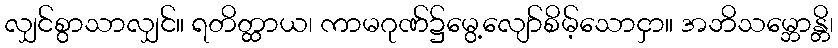
လျှင်စွာသာလျှင်။ ရတိတ္ထာယ၊ ကာမဂုဏ်၌မွေ့လျော်စိမ့်သောငှာ။ အဘိသမ္ဘောန္တိ၊